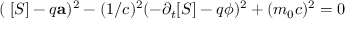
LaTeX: ( \mathbf { \nabla } [ S ] - q \mathbf { a } ) ^ { 2 } - ( 1 / c ) ^ { 2 } ( - \partial _ { t } [ S ] - q \phi ) ^ { 2 } + ( m _ { 0 } c ) ^ { 2 } = 0